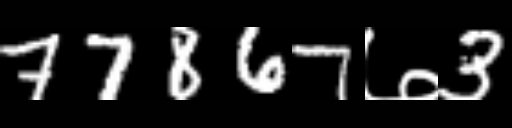
Text: 77867७3